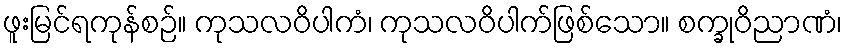
ဖူးမြင်ရကုန်စဉ်။ ကုသလဝိပါကံ၊ ကုသလဝိပါက်ဖြစ်သော။ စက္ခုဝိညာဏံ၊